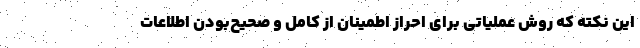
این نکته که روش عملیاتی برای احراز اطمینان از کامل و صحیح‌بودن اطلاعات